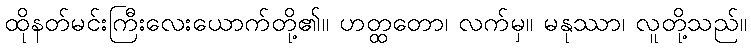
ထိုနတ်မင်းကြီးလေးယောက်တို့၏။ ဟတ္ထတော၊ လက်မှ။ မနုဿာ၊ လူတို့သည်။